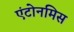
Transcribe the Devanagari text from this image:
एंटोनमिस